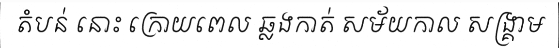
តំបន់ នោះ ក្រោយពេល ឆ្លងកាត់ សម័យកាល សង្គ្រាម